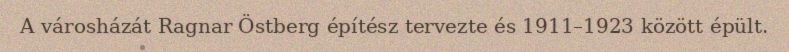
A városházát Ragnar Östberg építész tervezte és 1911–1923 között épült.